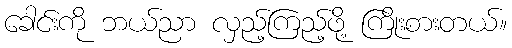
ခေါင်းကို ဘယ်ညာ လှည့်ကြည့်ဖို့ ကြိုးစားတယ်။